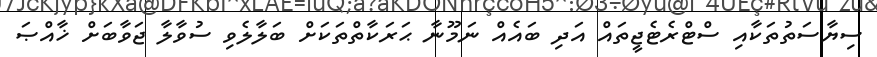
ސިޔާސަތުތަކާއި ސްޓްރެޓެޖީތައް އަދި ބައެއް ނަމޫނާ ޙަރަކާތްތަކަށް ބަލާލެވި ސުވާލާ ޖަވާބަށް ޚާއްޞަ